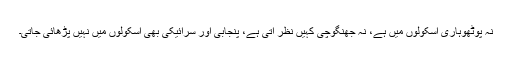
نہ پوٹھوہاری اسکولوں میں ہے، نہ جھنگوچی کہیں نظر آتی ہے، پنجابی اور سرائیکی بھی اسکولوں میں نہیں پڑھائی جاتی۔